Indian journal of veterinary science and animal husbandry - Volume 7,
Year: 1937
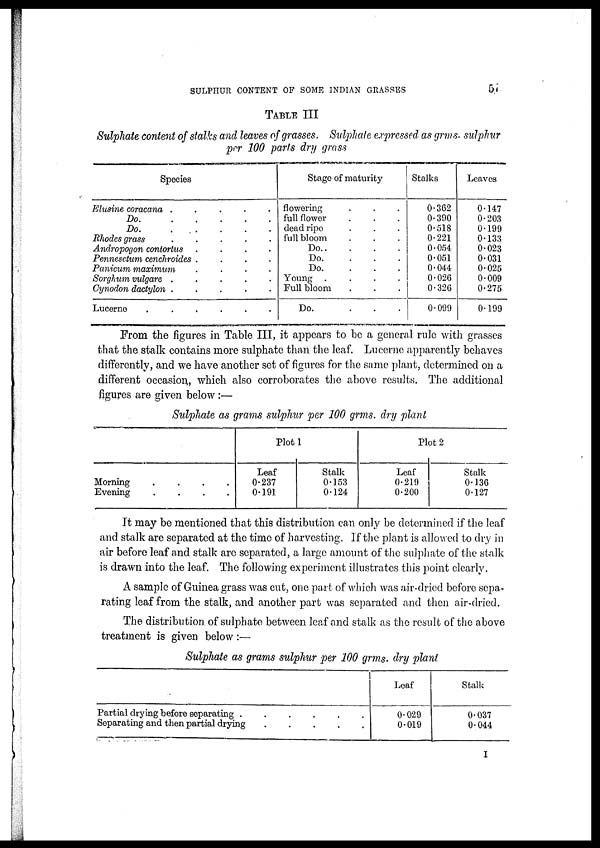
SULPHUR CONTENT OF SOME INDIAN GRASSES
57
TABLE III
Sulphate content of stalks and leaves of grasses. Sulphate expressed as grms. sulphur
per 100 parts dry grass
Species
Elusine coracana . . . . .
Do. . . . . .
Do. . . . . .
Rhodes grass . . . . .
Andropogon contortus . . . . .
Pennesetum cenchroides . . . . .
Panicum maximum . . . . .
Sorghum vulgare . . . . .
Cynodon dactylon . . . . .
Lucerne . . . . . .
Stage of maturity
flowering . . .
full flower . . .
dead ripe . . .
full bloom . . .
Do. . . .
Do. . . .
Do. . . .
Young . . . .
Full bloom . . .
Do. . . .
Stalks
0.362
0.390
0.518 0.221
0.054
0.051
0.044
0.026
0.326
0.099
Leaves
0.147
0.203
0.199
0.133
0.023
0.031
0.025
0.009
0.275
0.199
From the figures in Table III, it appears to be a general rule with grasses
that the stalk contains more sulphate than the leaf. Lucerne apparently behaves
differently, and we have another set of figures for the same plant, determined on a
different occasion, which also corroborates the above results. The additional
figures are given below :—
Sulphate as grams sulphur per 100 grms. dry plant
Morning
.
.
.
.
Evening
.
.
.
.
Plot1
Leaf
0.237
0.191
Stalk
0.153
0.124
Plot. 2
Leaf
0.219
0.200
Stalk
0.136
0.127
It may be mentioned that this distribution can only be determined if the leaf
and stalk are separated at the time of harvesting. If the plant is allowed to dry in
air before leaf and stalk are separated, a large amount of the sulphate of the stalk
is drawn into the leaf. The following experiment illustrates this point clearly.
A sample of Guinea grass was cut, one part of which was air-dried before sepa-
rating leaf from the stalk, and another part was separated and then air-dried.
The distribution of sulphate between leaf and stalk as the result of the above
treatment is given below:—
Sulphate as grams sulphur per 100 grms. dry plant
Partial drying before separating
......
Separating and then partial drying
.....
Leaf
0.029
0.019
Stalk
0.037
0.044
I